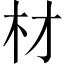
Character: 材